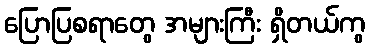
ပြောပြစရာတွေ အများကြီး ရှိတယ်ကွ